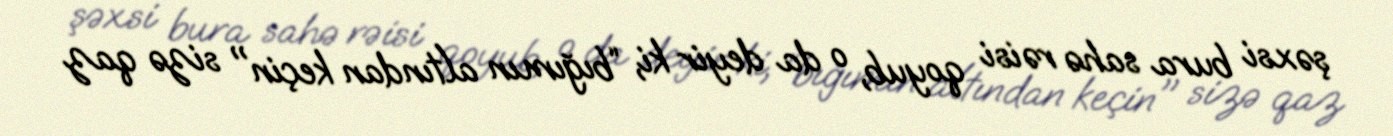
şəxsi bura sahə rəisi qoyub, o da deyir ki, “bığımın altından keçin" sizə qaz